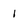
Character: I